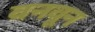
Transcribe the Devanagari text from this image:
वनवून